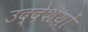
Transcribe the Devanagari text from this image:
उद्देशयों